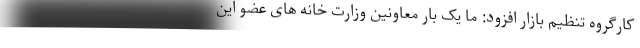
کارگروه تنظیم بازار افزود: ما یک بار معاونین وزارت خانه های عضو این